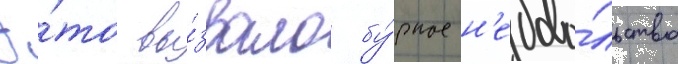
Э́то вы́звало бу́рное н'едово́льство